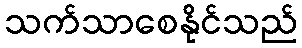
သက်သာစေနိုင်သည်